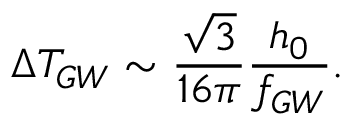
\Delta T _ { G W } \sim \frac { \sqrt { 3 } } { 1 6 \pi } \frac { h _ { 0 } } { f _ { G W } } .